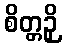
စိတ္တဉှိ